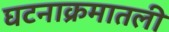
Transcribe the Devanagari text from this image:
घटनाक्रमातली